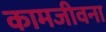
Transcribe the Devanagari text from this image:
कामजीवना